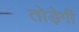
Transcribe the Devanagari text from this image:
तोड़ेगी